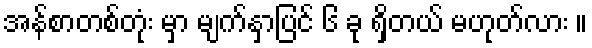
အန်စာတစ်တုံး မှာ မျက်နှာပြင် ၆ ခု ရှိတယ် မဟုတ်လား ။